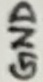
Text: GND